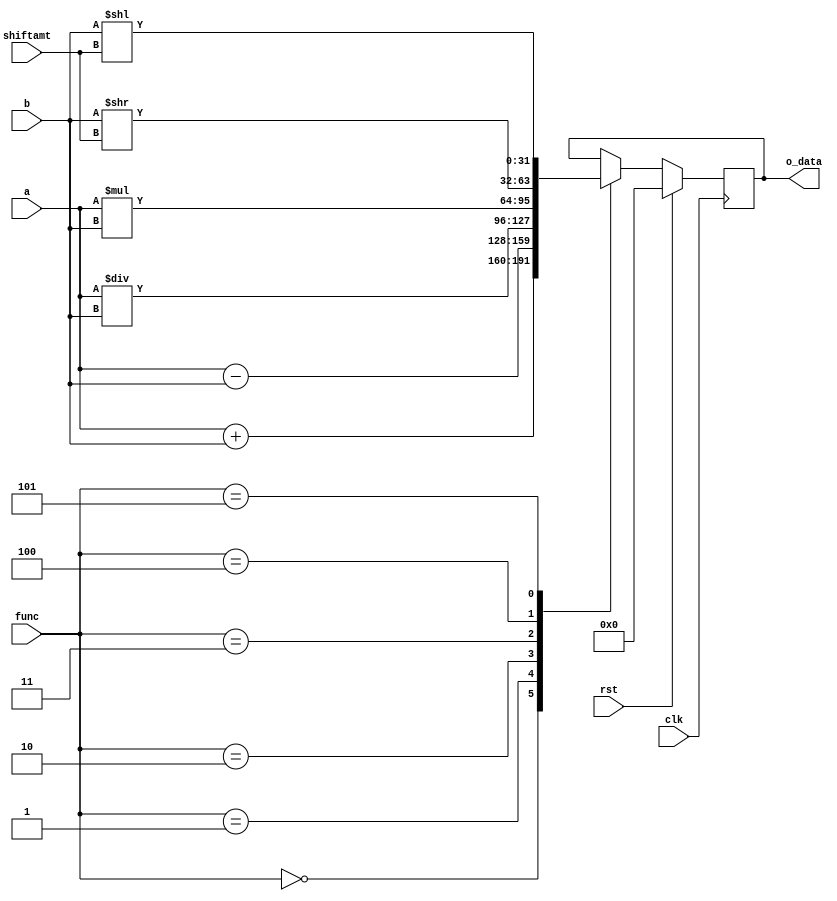
`timescale 1ns / 1ps

module alu(rst,clk,func,shiftamt,a,b,o_data);
input rst,clk;
input [5:0] func;
input [4:0] shiftamt;
input [31:0] a,b;
output reg [31:0] o_data;

always @(posedge clk) begin
        if(rst) begin
              o_data = 0;
        end
        else begin
              case(func)
                   0 : o_data = a + b;
                   1 : o_data = a - b;
                   2 : o_data = a / b;
                   3 : o_data = a * b;
                   4 : o_data = b >> shiftamt;
                   5 : o_data = b << shiftamt;
              endcase
        end
end
endmodule